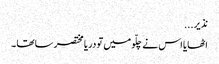
نذ یر...
اٹھایا اس نے چلّو میں تو دریا مختصر سا تھا ۔